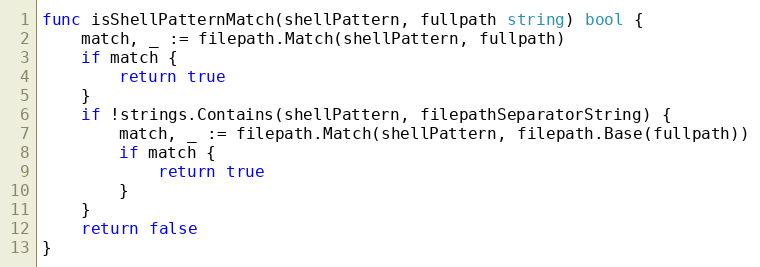
Language: Go
func isShellPatternMatch(shellPattern, fullpath string) bool {
	match, _ := filepath.Match(shellPattern, fullpath)
	if match {
		return true
	}
	if !strings.Contains(shellPattern, filepathSeparatorString) {
		match, _ := filepath.Match(shellPattern, filepath.Base(fullpath))
		if match {
			return true
		}
	}
	return false
}